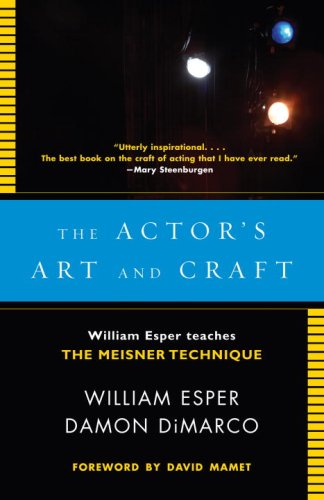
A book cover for The Actor's Art and Craft: William Esper Teaches the Meisner Technique; William Esper; Arts & Photography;